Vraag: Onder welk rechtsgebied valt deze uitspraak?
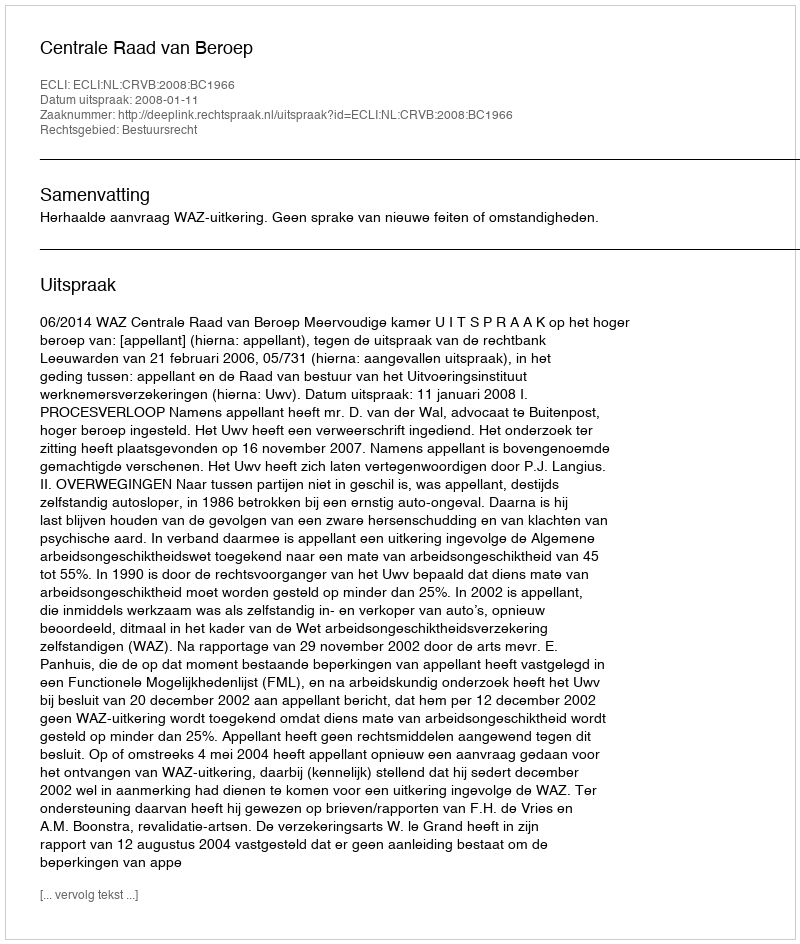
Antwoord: Bestuursrecht